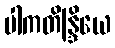
ပါကတိန္ဒြိယေ